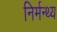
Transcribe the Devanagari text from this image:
निर्मन्थ्य